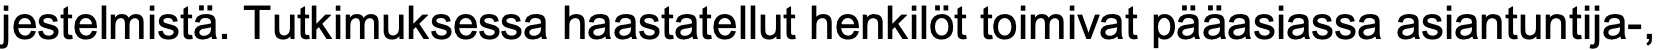
jestelmistä. Tutkimuksessa haastatellut henkilöt toimivat pääasiassa asiantuntija-,